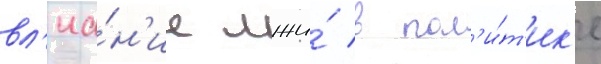
вл'иа́н'ие лжи́ в пол'и́т'ик'е